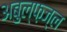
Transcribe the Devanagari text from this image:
अबुल्फ़ज्ल